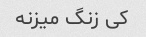
کی زنگ میزنه